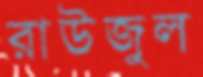
রাউজুল